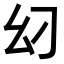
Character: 𢆵